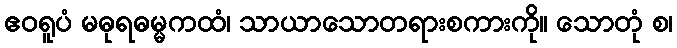
ဧဝရူပံ မဓုရဓမ္မကထံ၊ သာယာသောတရားစကားကို။ သောတုံ စ၊